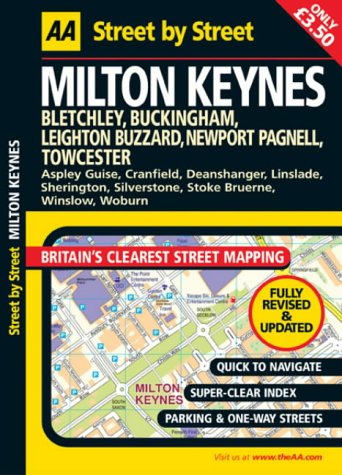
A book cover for AA Street by Street: Milton Keynes: Bletchley, Buckingham, Leighton Buzzard, Newport Pagnell, Towcester; AA Publishing; Travel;